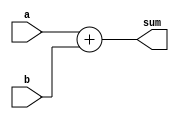
/*
# Team ID:          2396
# Theme:            AstroTinker Bot
# Author List:      Anirudh bhogi
# Filename:         adder
# File Description: Basic function of adding
# Global variables: None
*/
// adder.v - logic for adder

module adder #(parameter WIDTH = 32) (
    input       [WIDTH-1:0] a, b,
    output      [WIDTH-1:0] sum
);

assign sum = a + b;

endmodule